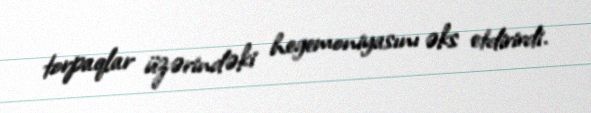
torpaqlar üzərindəki hegemoniyasını əks etdirirdi.